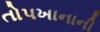
તોપખાનાની